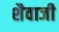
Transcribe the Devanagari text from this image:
शैवाजी